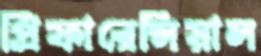
প্রিফারেন্সিয়াল